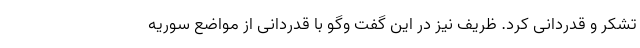
تشکر و قدردانی کرد. ظریف نیز در این گفت وگو با قدردانی از مواضع سوریه